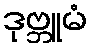
ဒုဗ္ဘူမံ